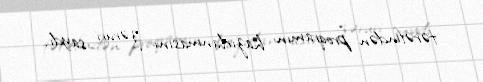
tərəfindən proqramın hazırlanmasını zəruri saydı.